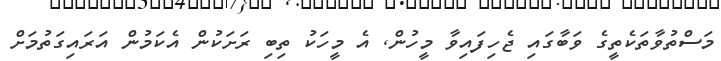
މަސްތުވާތަކެތީގެ ވަބާގައި ޖެހިފައިވާ މީހުން